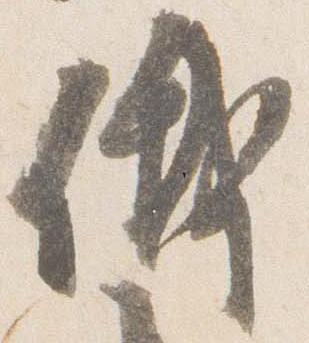
俄